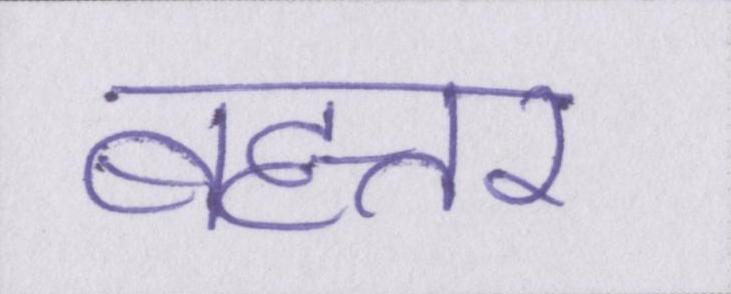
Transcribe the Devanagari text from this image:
बहत्तर